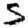
Digit: 5